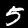
Label: 5